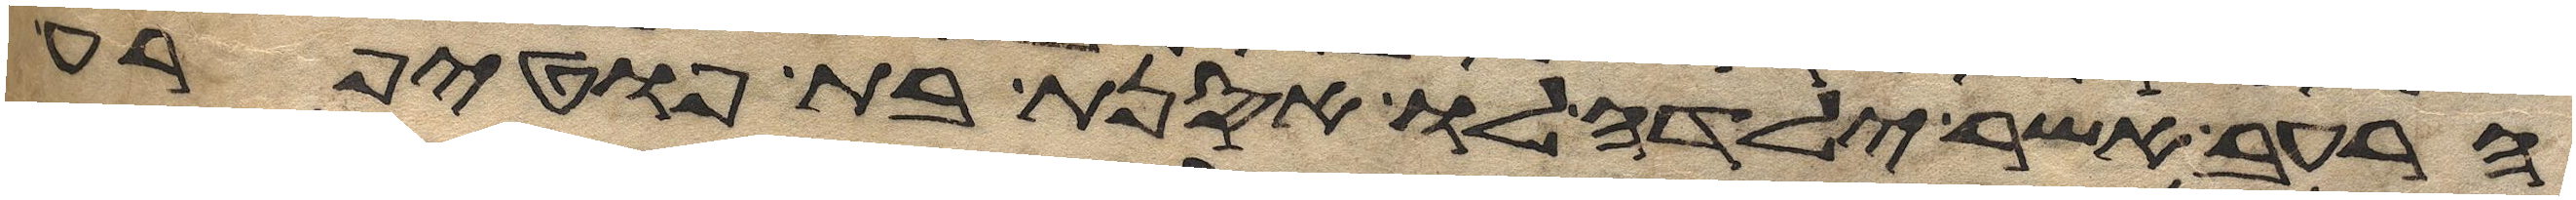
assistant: הרעב אשר ילדה לו אסנת בת פוטיפרע